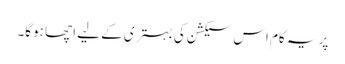
پر یہ کام اس سیکشن کی بہتری کے لیے اچھا ہوگا۔